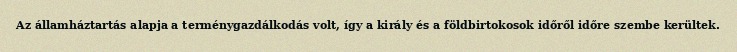
Az államháztartás alapja a terménygazdálkodás volt, így a király és a földbirtokosok időről időre szembe kerültek.